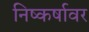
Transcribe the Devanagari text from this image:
निष्कर्षावर